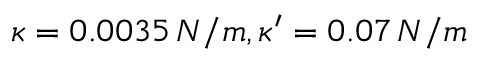
\kappa = 0 . 0 0 3 5 \, N / m , \kappa ^ { \prime } = 0 . 0 7 \, N / m